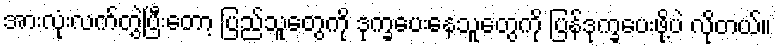
အားလုံးလက်တွဲပြီးတော့ ပြည်သူတွေကို ဒုက္ခပေးနေသူတွေကို ပြန်ဒုက္ခပေးဖို့ပဲ လိုတယ်။